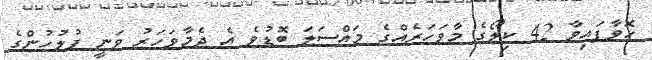
ހޮވާފައިވާ 42 ކިލޯގެ މާވަހަރެއްގެ މައްސަލަ ބޮޑުވެ އެ ދެމާވަހަރު ވަނީ ފުލުހުންގެ